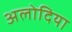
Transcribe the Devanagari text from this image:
अलोदिया